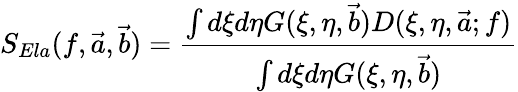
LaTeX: S_{Ela}(f,\vec{a},\vec{b})=\frac{\int d\xi d\eta G(\xi,\eta,\vec{b})D(\xi,\eta,\vec{a};f)}{\int d\xi d\eta G(\xi,\eta,\vec{b})}